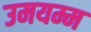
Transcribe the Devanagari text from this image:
उमयम्म